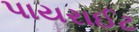
પાયરાઈટ